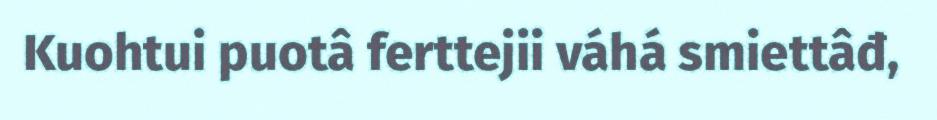
Kuohtui puotâ ferttejii váhá smiettâđ,